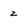
Character: z